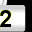
Digit: 2